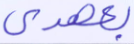
بعهدي